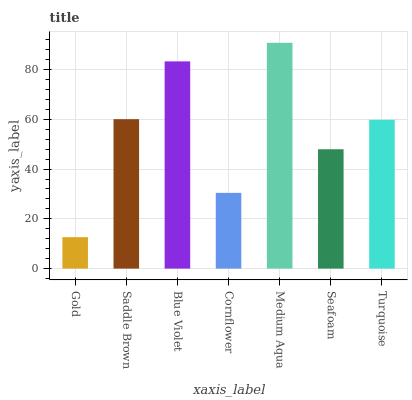
| xaxis_label | bars |
 | --- | --- |
 | Gold | 12.6 |
 | Saddle Brown | 60.1 |
 | Blue Violet | 83.3 |
 | Cornflower | 30.4 |
 | Medium Aqua | 90.8 |
 | Seafoam | 48 |
 | Turquoise | 59.8 |